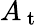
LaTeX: A_{\mathrm{~t~}}